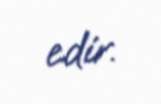
edir.